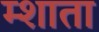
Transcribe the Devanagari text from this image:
म्शाता